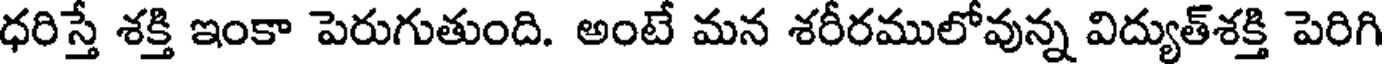
ధరిస్తే శక్తి ఇంకా పెరుగుతుంది. అంటే మన శరీరములోవున్న విద్యుత్శక్తి పెరిగి